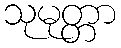
သုမုတ္တာ